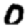
Digit: 0